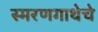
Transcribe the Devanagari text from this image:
स्मरणगाथेचे